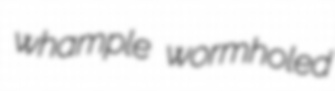
whample wormholed